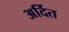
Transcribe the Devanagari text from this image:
अर्दित